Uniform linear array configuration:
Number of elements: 24
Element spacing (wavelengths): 0.5
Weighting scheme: cosine
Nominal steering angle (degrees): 60
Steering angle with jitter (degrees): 58.925
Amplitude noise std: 0.05
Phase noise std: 0.05

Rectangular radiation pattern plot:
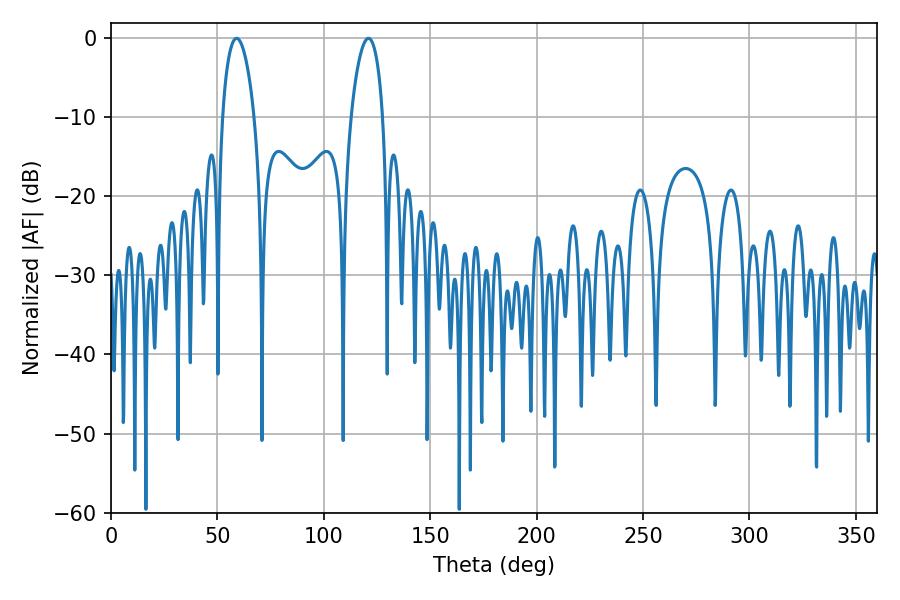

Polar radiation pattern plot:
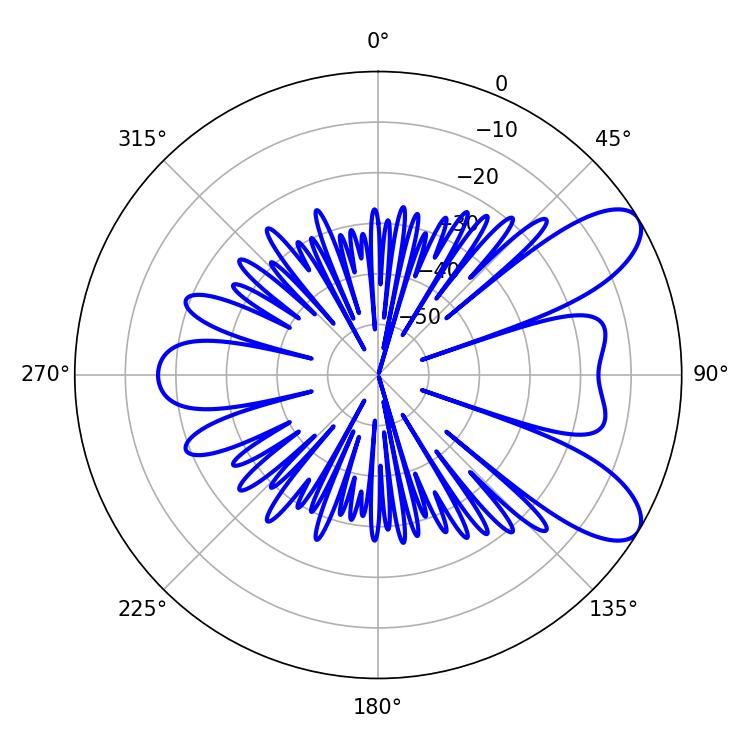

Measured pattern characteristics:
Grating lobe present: FALSE
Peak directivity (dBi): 8.563
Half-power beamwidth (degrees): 8.46
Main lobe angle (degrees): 59.04